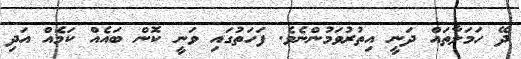
ދޭ ހަމަލާތައް ދަނީ އިތުރުވަމުންނެވެ. ފަހަތުގައި ވަނީ ކޮން ބައެއް ކަމެއް އަދި